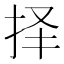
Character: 择